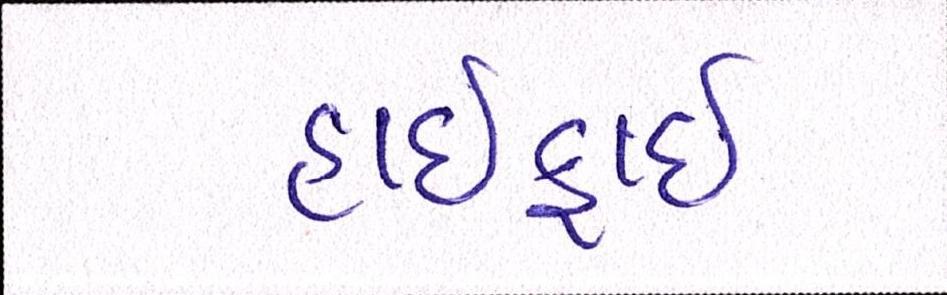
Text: હાઈફાઈ